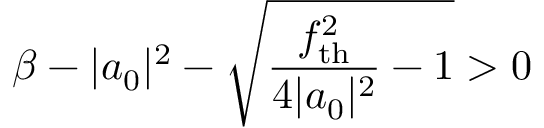
\beta - | a _ { 0 } | ^ { 2 } - \sqrt { \frac { f _ { \mathrm { t h } } ^ { 2 } } { 4 | a _ { 0 } | ^ { 2 } } - 1 } > 0